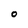
Character: O